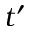
t ^ { \prime }